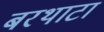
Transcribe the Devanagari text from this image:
बरथाटा